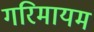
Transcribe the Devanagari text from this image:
गरिमायम